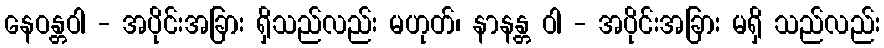
နေဝန္တဝါ - အပိုင်းအခြား ရှိသည်လည်း မဟုတ်၊ နာနန္တ ဝါ - အပိုင်းအခြား မရှိ သည်လည်း